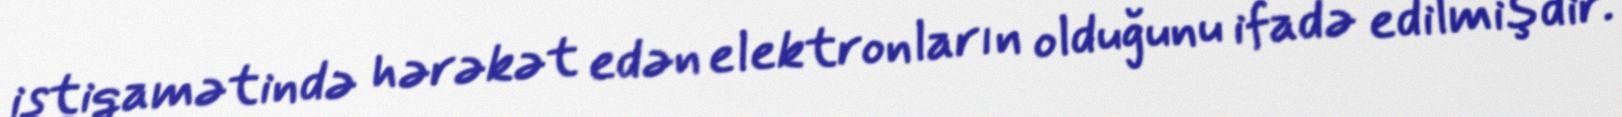
istiqamətində hərəkət edən elektronların olduğunu ifadə edilmişdir.